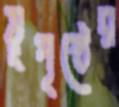
ভূপৃষ্ঠের